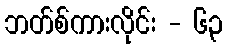
ဘတ်စ်ကားလိုင်း - ၆၃